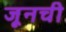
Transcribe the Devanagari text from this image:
जूनची